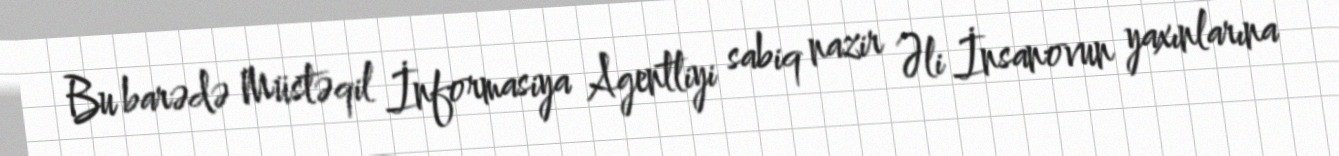
Bu barədə Müstəqil İnformasiya Agentliyi sabiq nazir Əli İnsanovun yaxınlarına